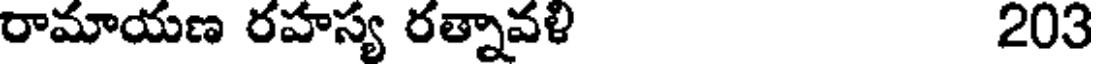
రామాయణ రహస్య రత్నావళి 203